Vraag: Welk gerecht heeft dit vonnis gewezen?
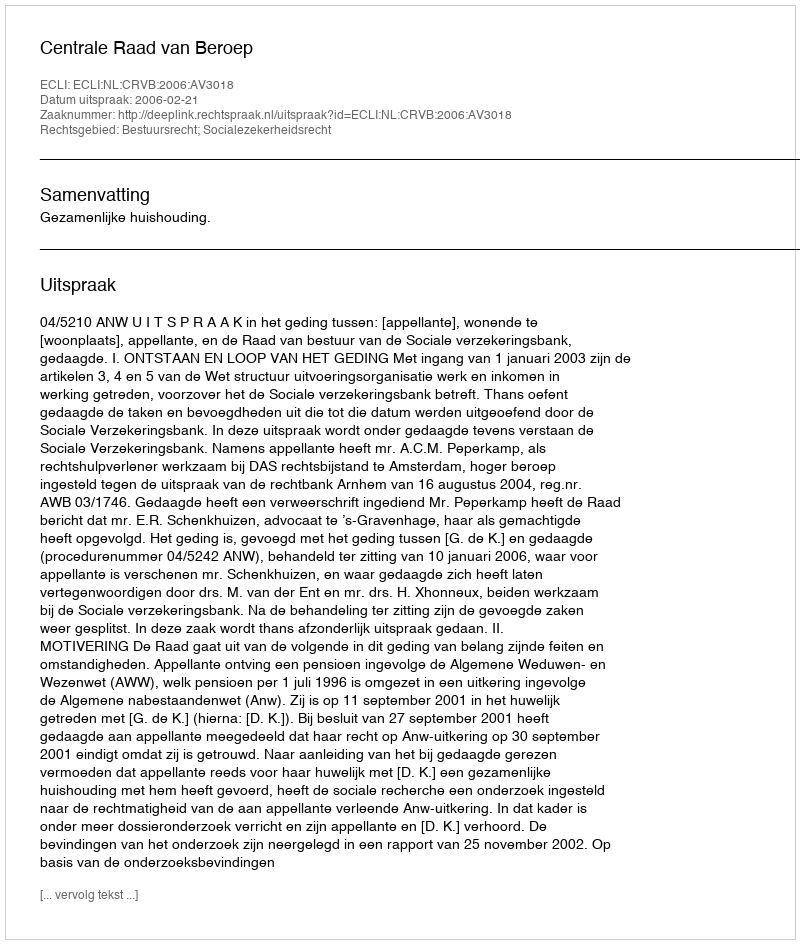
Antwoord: Centrale Raad van Beroep